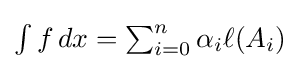
\textstyle \int f\,dx=\sum _{i=0}^{n}\alpha _{i}\ell (A_{i})